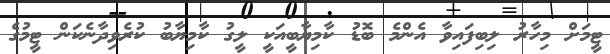
ޓީމަށް މިހާރު ލިބިފައިވާ އެންމެ ބޮޑު ކާމިޔާބީއަކީ ލީގު ކާމިޔާބު ކުރެވިދާނެކަން ޓީމުގެ